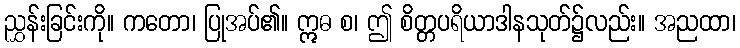
ညွှန်းခြင်းကို။ ကတော၊ ပြုအပ်၏။ ဣဓ စ၊ ဤ စိတ္တပရိယာဒါနသုတ်၌လည်း။ အညထာ၊